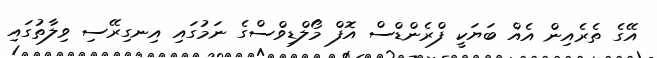
އޭގެ ތެރެއިން އެއް ބަޔަކީ ފްރެންޑްސް އޮފް މޯލްޑިވްސްގެ ނަމުގައި އިނގިރޭސި ވިލާތުގައި